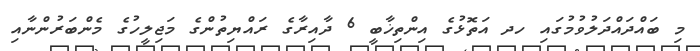
މި ބައްދައްދަލުވުމުގައި ހދ އަތޮޅުގެ އިންތިޚާބީ 6 ދާއިރާގެ ރައްޔިތުންގެ މަޖިލީހުގެ މެންބަރުންނާއި